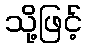
သို့ဖြင့်